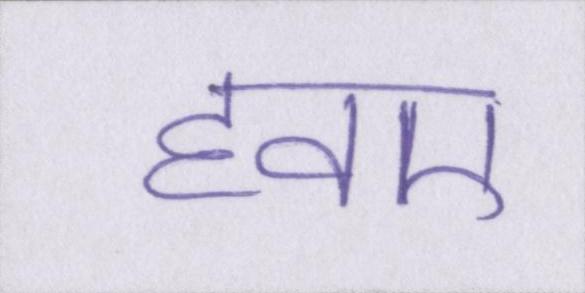
हवए